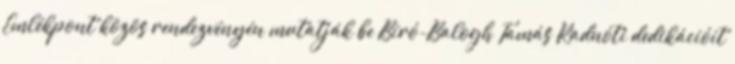
Emlékpont közös rendezvényén mutatják be Bíró-Balogh Tamás Radnóti dedikációit